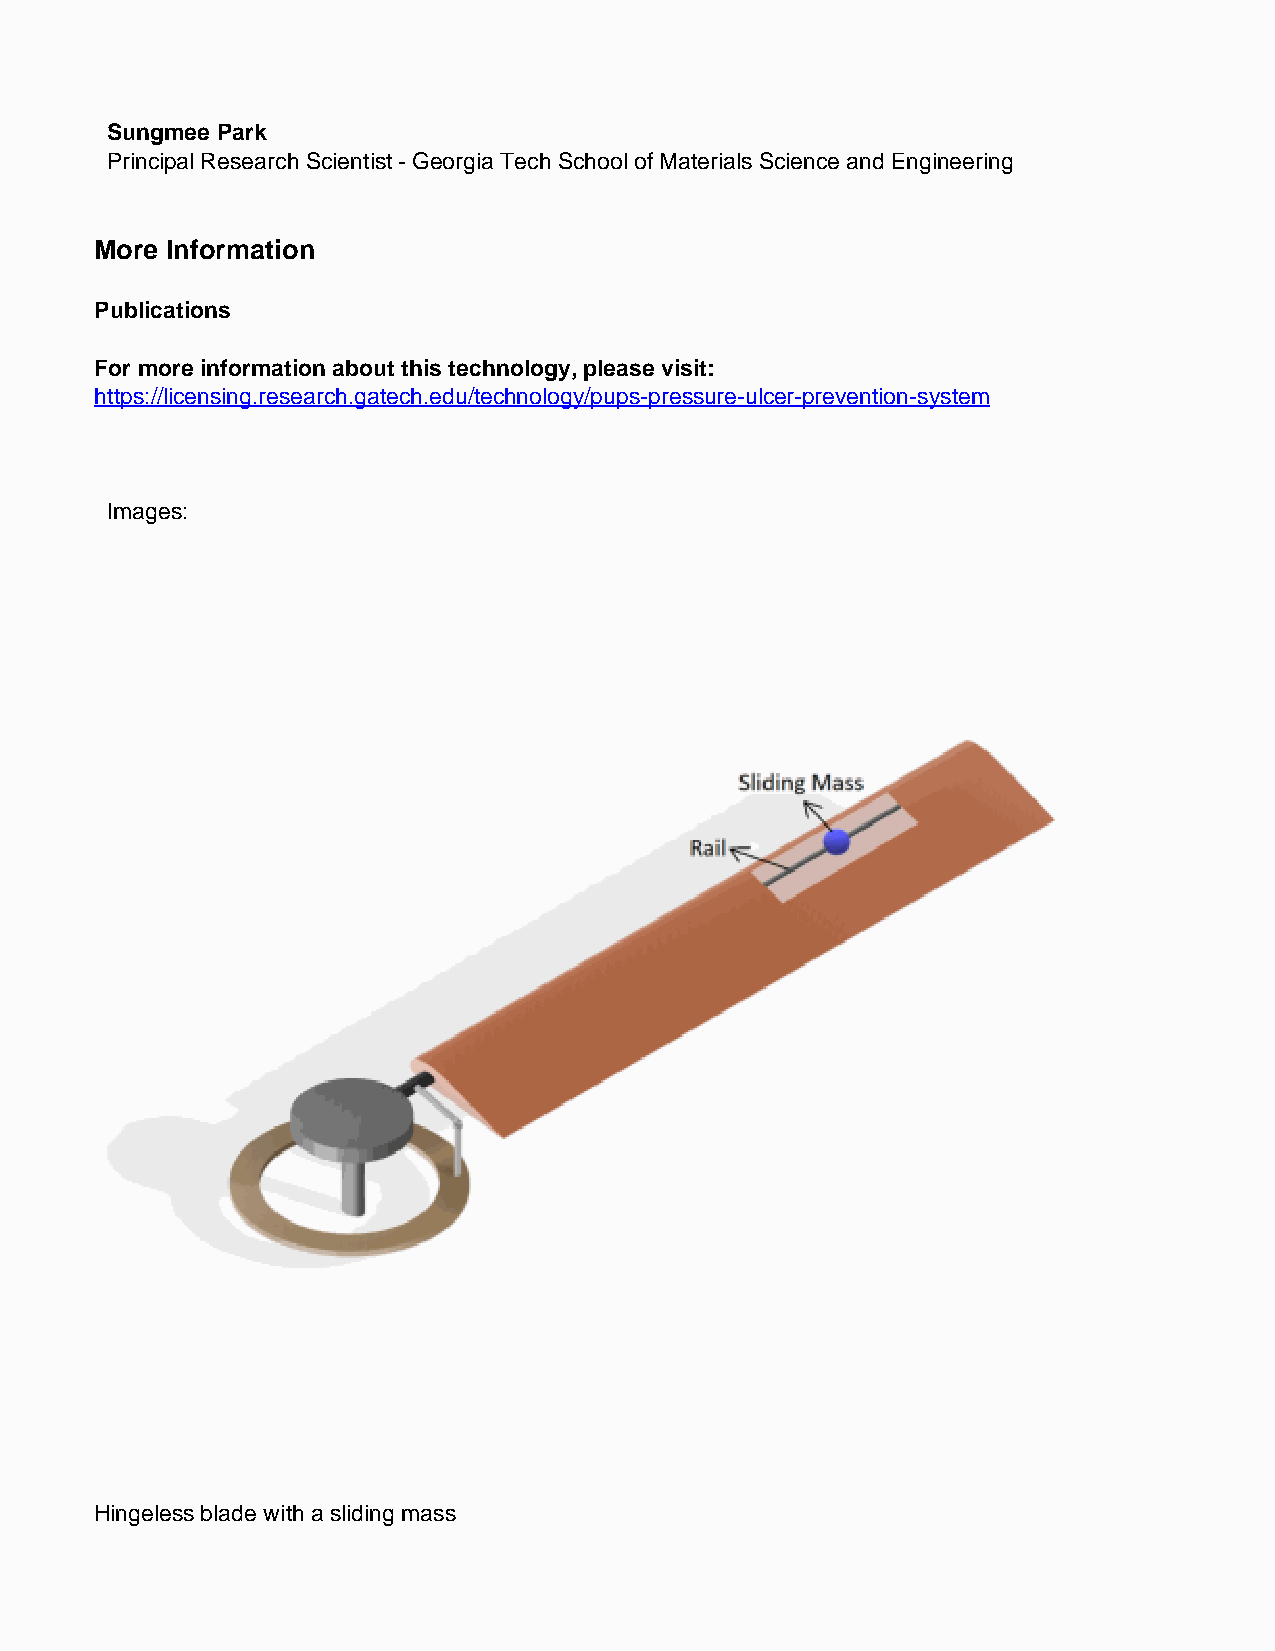
Sungmee Park
 Principal Research Scientist - Georgia Tech School of Materials Science and Engineering
 More Information
 Publications
 For more information about this technology, please visit:
 https://licensing.research.gatech.edu/technology/pups-pressure-ulcer-prevention-system
 Images:
 Hingeless blade with a sliding mass